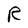
Character: R